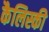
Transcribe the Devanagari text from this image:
कैलिस्की